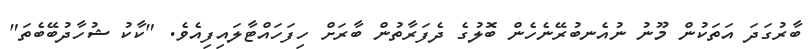
ބާރުގަދަ އަތަކުން މޫނު ނުއެނބުރޭނެހެން ބޮލުގެ ދެފަރާތުން ބާރަށް ހިފަހައްޓާލައިފިއެވެ. "ކާކު ޝުހާދުބޭބެތަ"